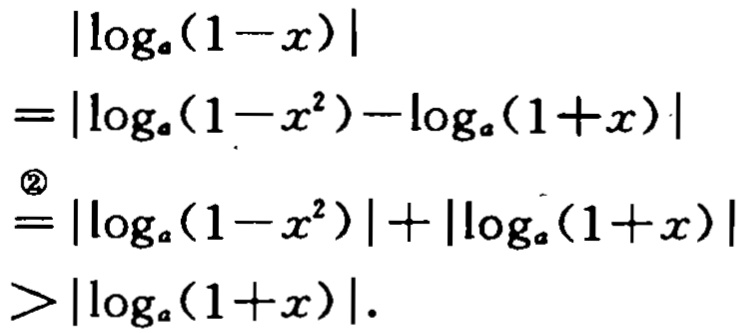
\[
\begin{align*}
&|\log_{a}(1 - x)|\\
=&|\log_{a}(1 - x^{2})-\log_{a}(1 + x)|\\
\overset{\textcircled{2}}{=}&|\log_{a}(1 - x^{2})|+|\log_{a}(1 + x)|\\
>&|\log_{a}(1 + x)|.
\end{align*}
\]